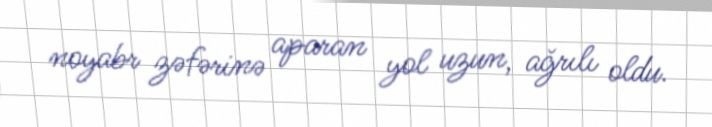
noyabr zəfərinə aparan yol uzun, ağrılı oldu.